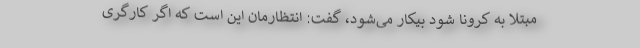
مبتلا به کرونا شود بیکار می‌شود، گفت: انتظارمان این است که اگر کارگری